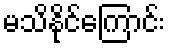
မသိနိုင်ကြောင်း